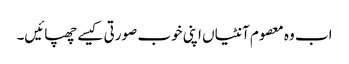
اب وہ معصوم آنٹیاں اپنی خوب صورتی کیسے چھپائیں۔